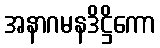
အနာဂမနဒိဋ္ဌိကော